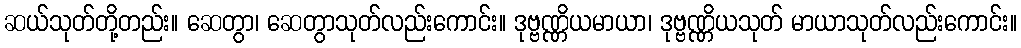
ဆယ်သုတ်တို့တည်း။ ဆေတွာ၊ ဆေတွာသုတ်လည်းကောင်း။ ဒုဗ္ဗဏ္ဏိယမာယာ၊ ဒုဗ္ဗဏ္ဏိယသုတ် မာယာသုတ်လည်းကောင်း။